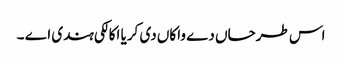
اس طرحاں دے واکاں دی کریا اکالکی ہندی اے ۔